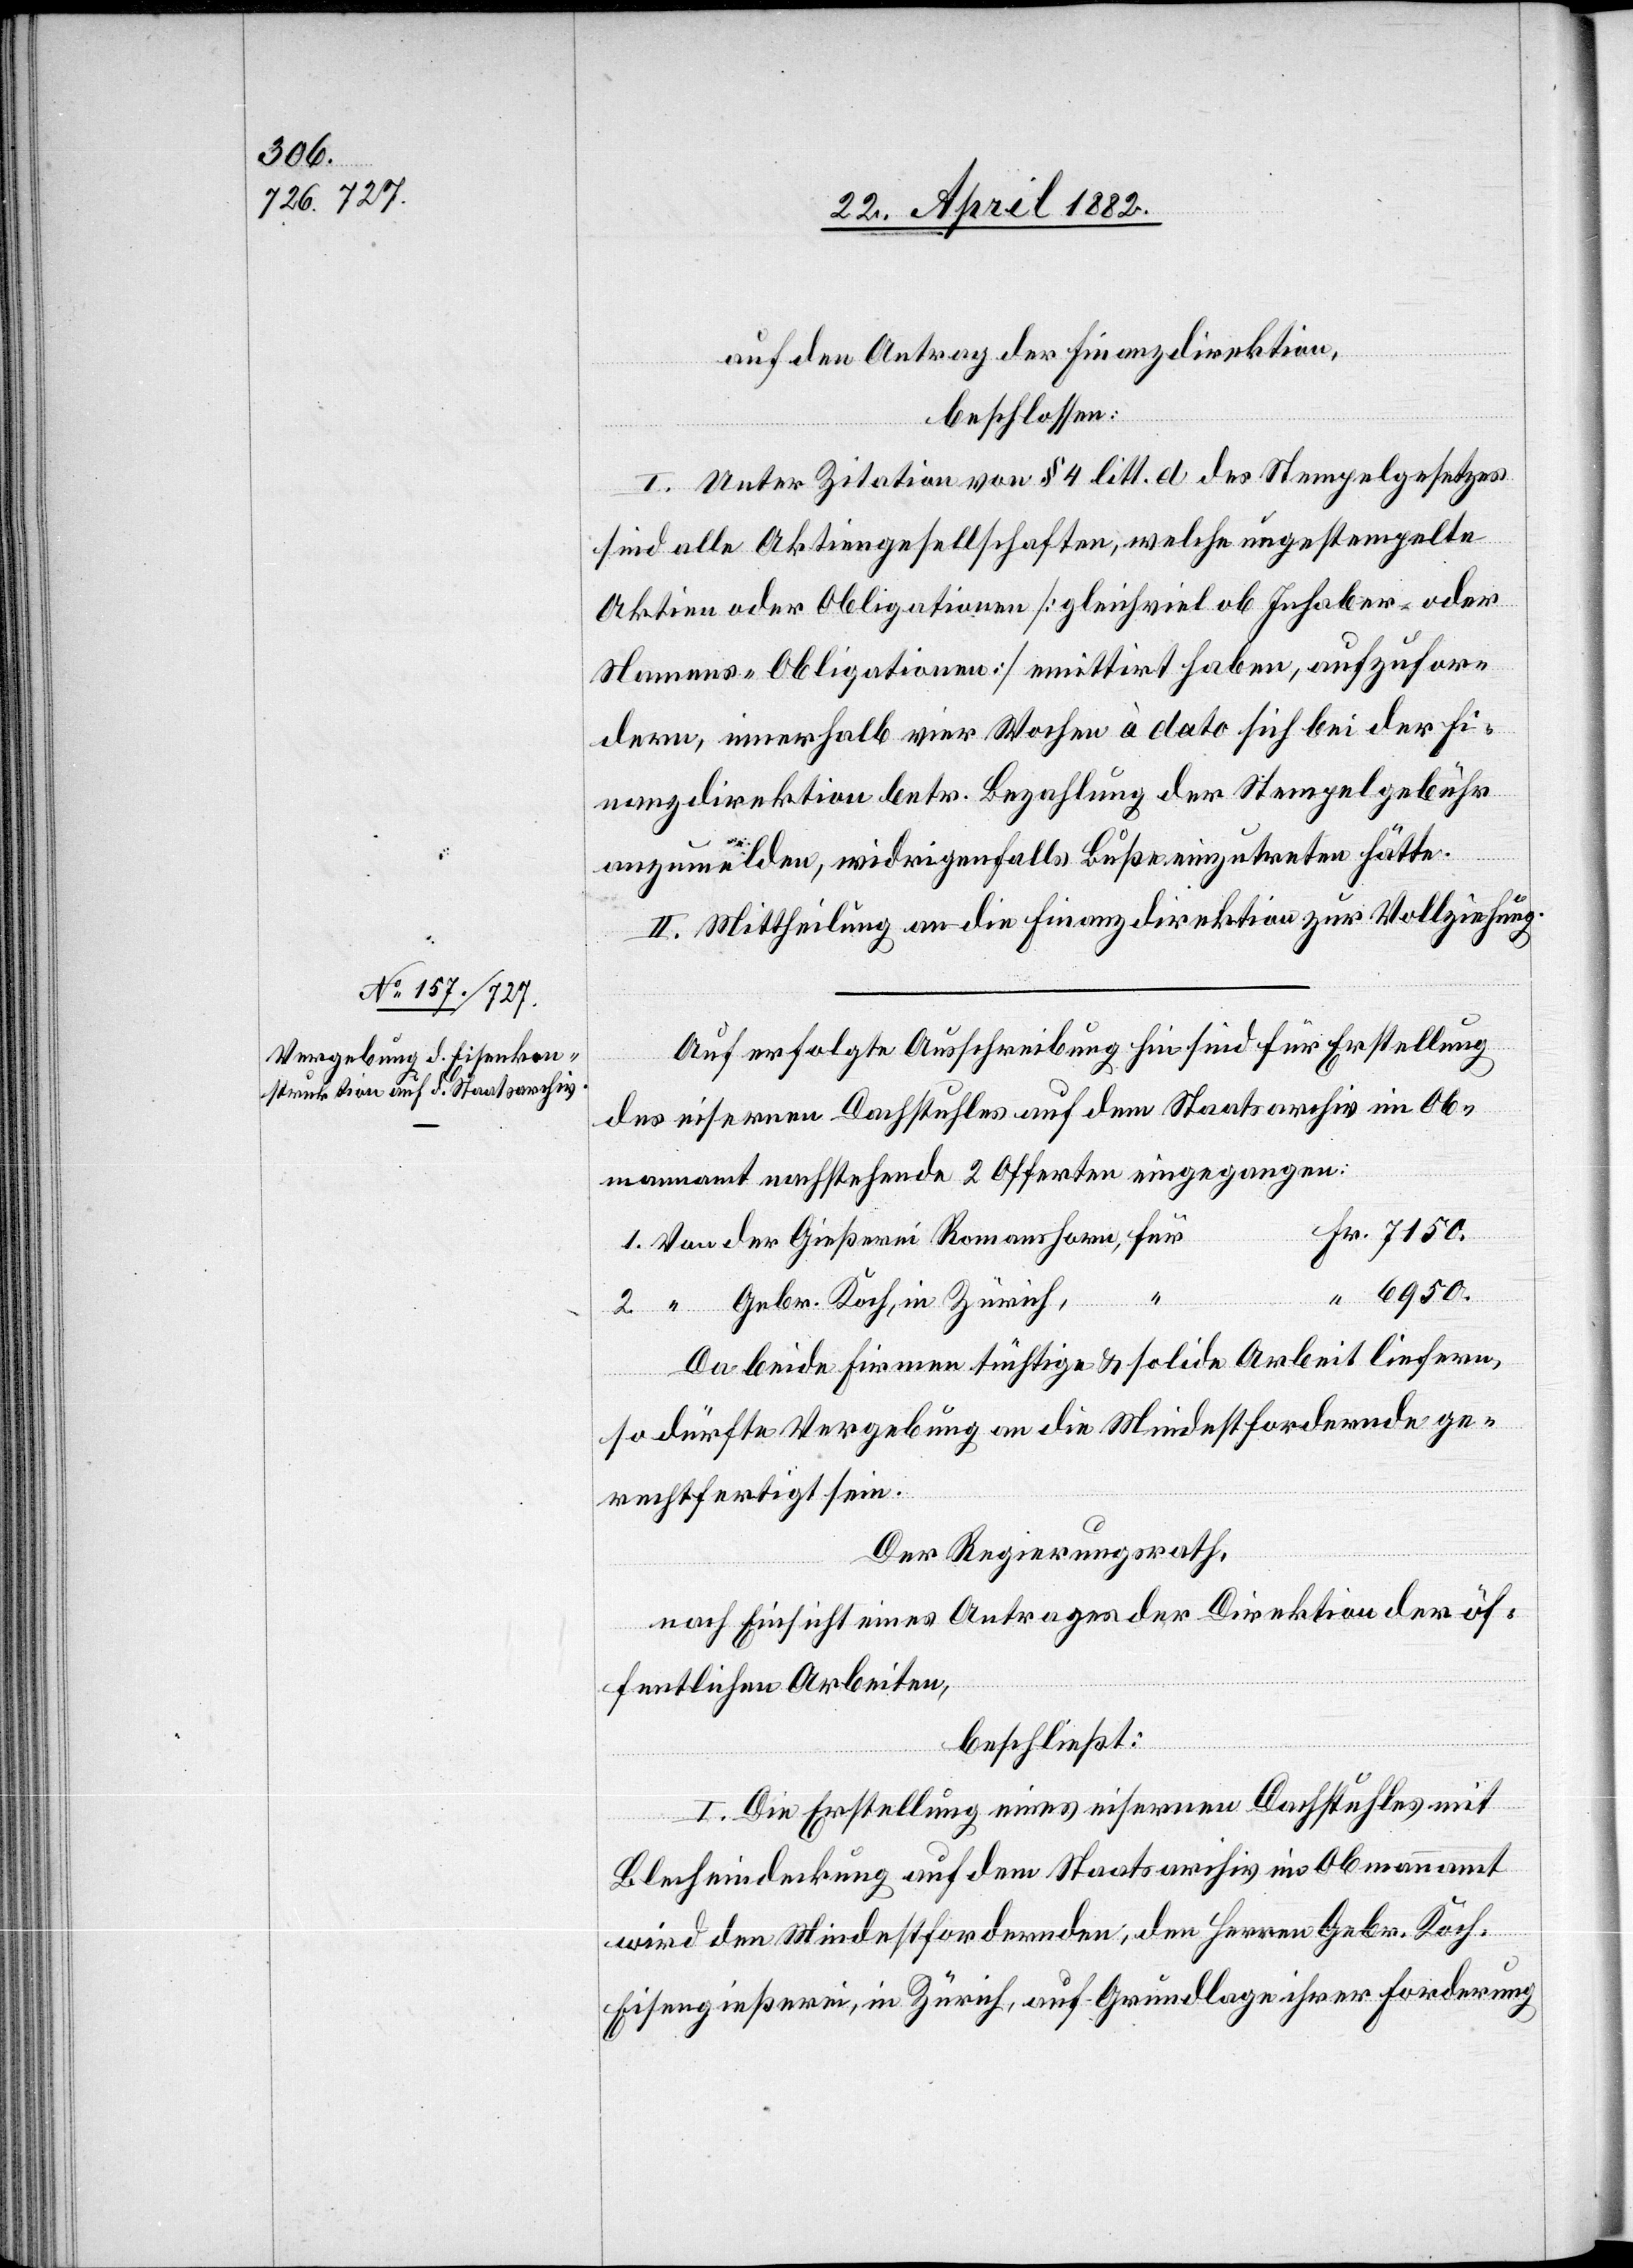
auf den Antrag der Finanzdirektion,
beschlossen:
I. Unter Zitation von § 4 litt. d des Stempelgesetzes
sind alle Aktiengesellschaften, welche ungestempelte
Aktien oder Obligationen [gleichviel ob Inhaber- oder
Namens-Obligationen] emittirt haben, aufzufor¬
dern, innerhalb vier Wochen à dato sich bei der Fi¬
nanzdirektion betr. Bezahlung der Stempelgebühren
anzumelden, widrigenfalls Buße einzutreten hätte.
II. Mittheilung an die Finanzdirektion zur Vollziehung.
Auf erfolgte Ausschreibung hin sind für Erstellung
“
des eisernen Dachstuhles auf dem Staatsarchiv im Ob¬
mannamt nachstehende 2 Offerten eingegangen.
6950.
Gebr. Koch, in Zürich,
Da beide Firmen tüchtige & solide Arbeit liefern,
so dürfte Vergebung an die Mindestfordernde ge¬
rechtfertigt sein.
Der Regierungsrath,
nach Einsicht eines Antrages der Direktion der öf¬
fentlichen Arbeiten,
beschließt:
I. Die Erstellung eines eisernen Dachstuhles mit
2.
Blecheindeckung auf dem Staatsarchiv im Obmannamt
wird den Mindestfordernden, den Herren Gebr. Koch,
Eisengießerei, in Zürich, auf Grundlage ihrer Forderung